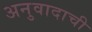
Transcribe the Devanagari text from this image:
अनुवादाची